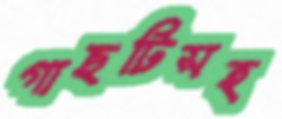
গাছটিসহ